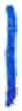
אות: ו